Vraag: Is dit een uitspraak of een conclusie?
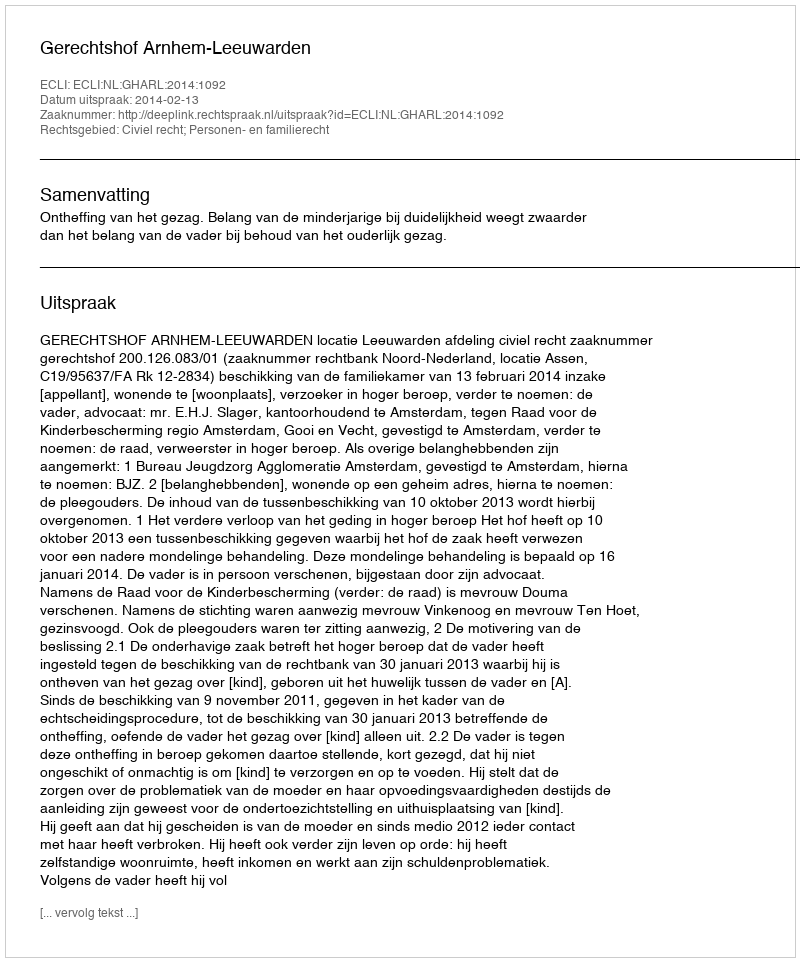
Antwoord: Uitspraak